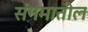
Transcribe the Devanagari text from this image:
संगमातील